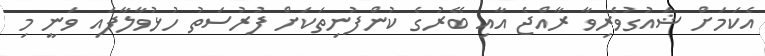
އެކަމަށް ޝައުގުވެރިވާ ރާއްޖެ އާއި ބޭރުގެ ކުންފުނިތަކަށް ފުރުސަތު ހުޅުވާލާފައި ވަނީ މި